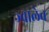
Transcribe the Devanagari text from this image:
ज्वालेव